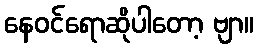
နေဝင်ရောဆိုပါတော့ ဗျာ။